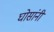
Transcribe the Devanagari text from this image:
घोसांनी